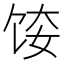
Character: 𫗤